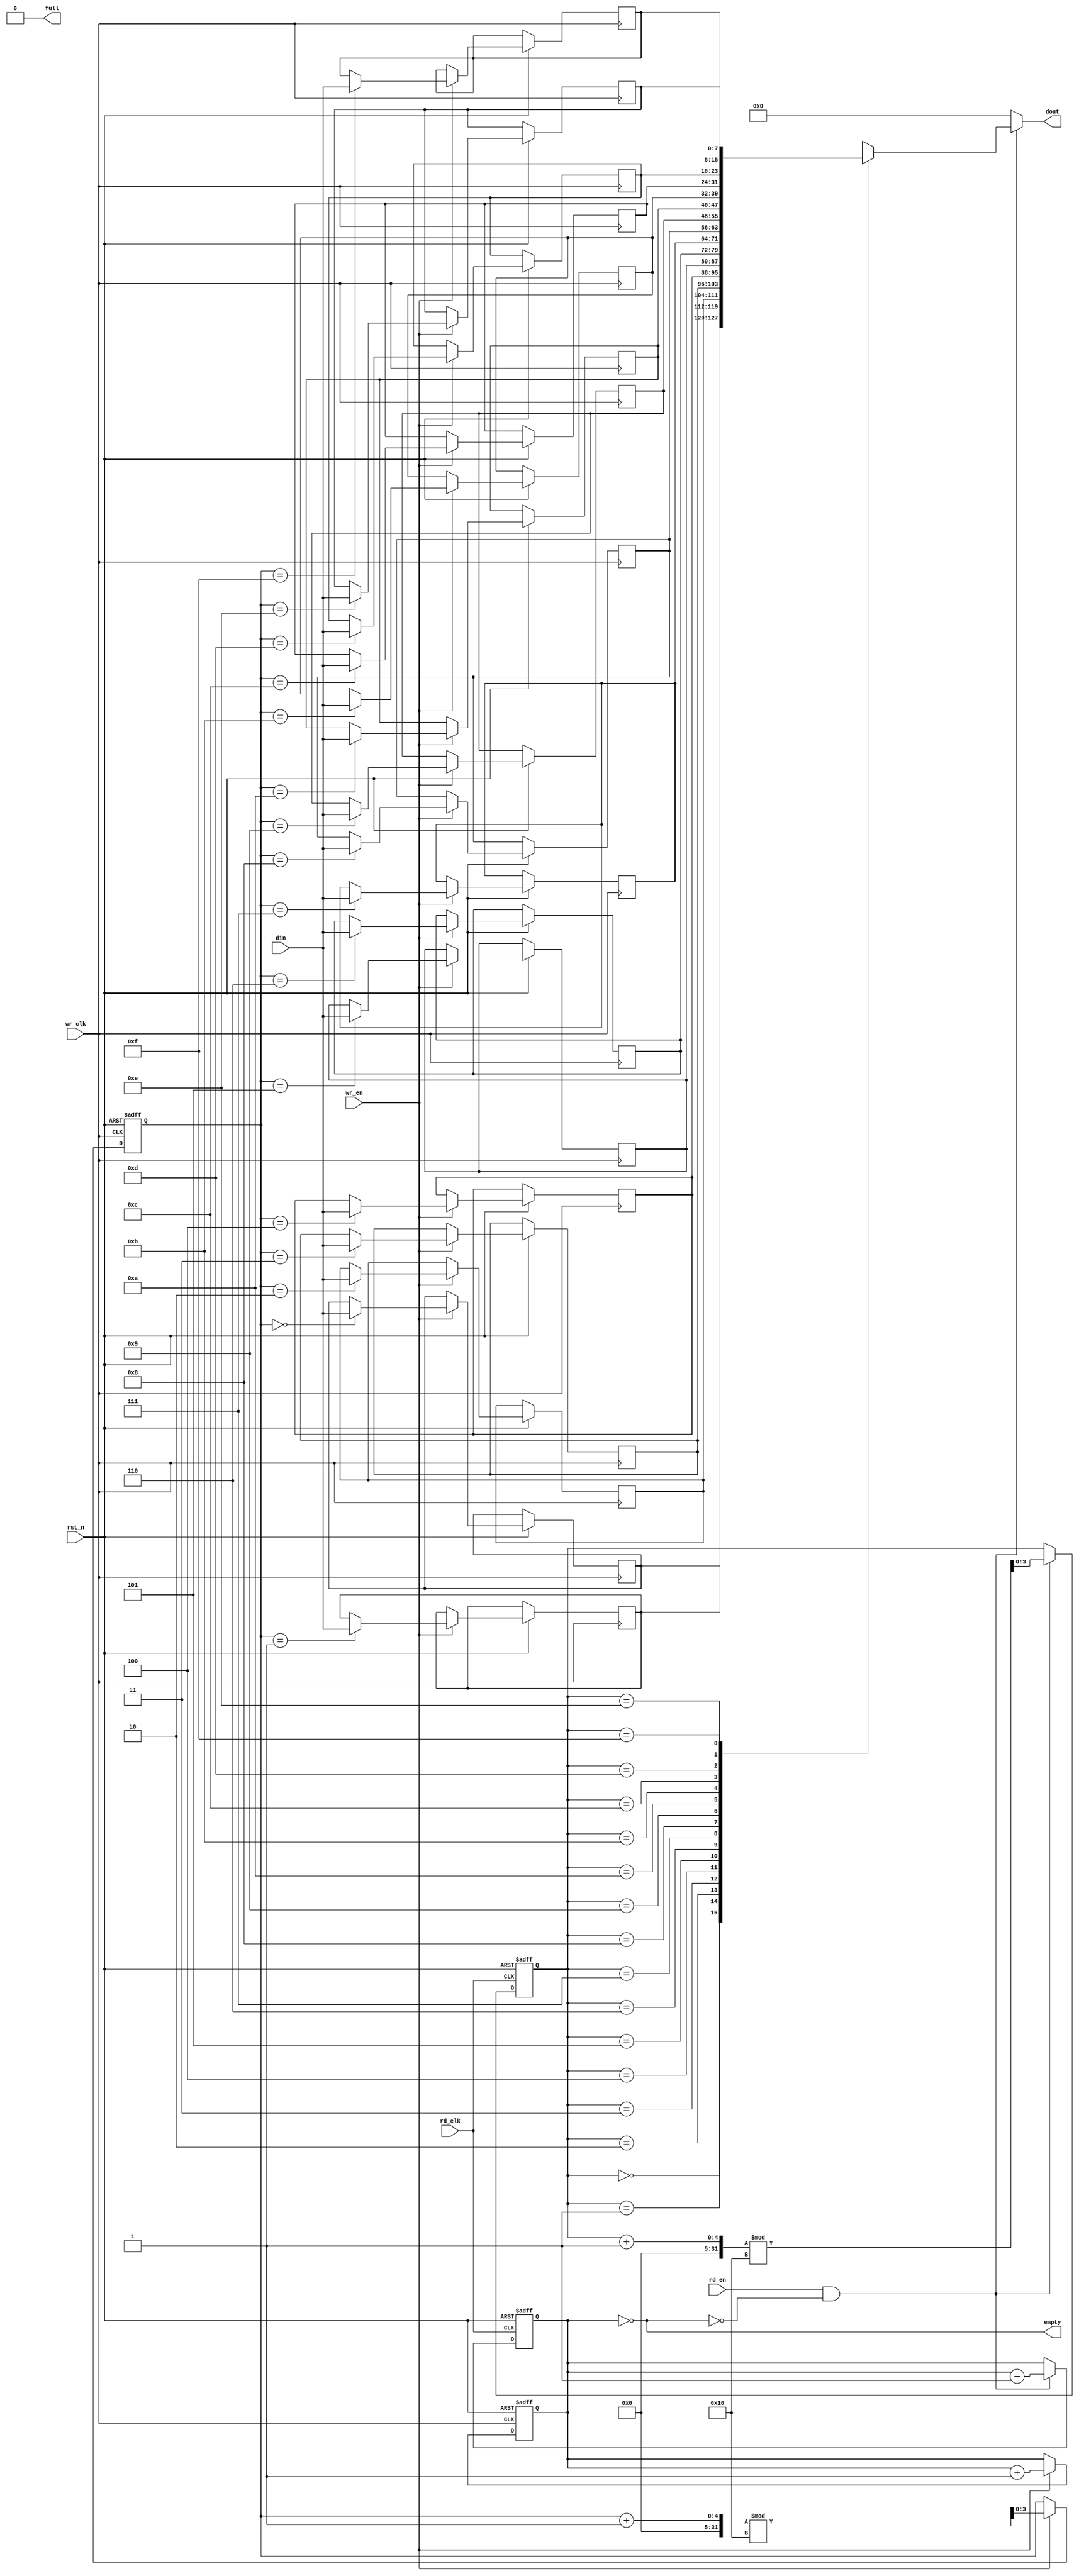
module dual_clock_fifo #(
    parameter DATA_WIDTH = 8,      // Number of bits in each entry
    parameter FIFO_DEPTH = 16       // Number of entries in the FIFO
) (
    input wire wr_clk,              // Write clock
    input wire rd_clk,              // Read clock
    input wire wr_en,               // Write enable
    input wire rd_en,               // Read enable
    input wire [DATA_WIDTH-1:0] din,// Data input
    output wire [DATA_WIDTH-1:0] dout, // Data output
    output wire full,               // FIFO full flag
    output wire empty,              // FIFO empty flag
    input wire rst_n                // Asynchronous active-low reset
);

    // Internal parameters
    localparam POINTER_WIDTH = $clog2(FIFO_DEPTH);
    
    // Memory array
    reg [DATA_WIDTH-1:0] fifo_mem [0:FIFO_DEPTH-1];
    
    // Pointers
    reg [POINTER_WIDTH-1:0] wr_ptr, rd_ptr;
    reg [POINTER_WIDTH-1:0] count; // Count of the number of entries

    // Full and Empty flags
    assign full = (count == FIFO_DEPTH);
    assign empty = (count == 0);
    
    // Output data
    assign dout = (rd_en && ~empty) ? fifo_mem[rd_ptr] : {DATA_WIDTH{1'b0}};
    
    // Write logic
    always @(posedge wr_clk or negedge rst_n) begin
        if (!rst_n) begin
            wr_ptr <= 0;
            count <= 0;
        end else begin
            if (wr_en && ~full) begin
                fifo_mem[wr_ptr] <= din;         // Write data to fifo
                wr_ptr <= (wr_ptr + 1) % FIFO_DEPTH; // Increment write pointer with wrap-around
                count <= count + 1;              // Increment count
            end
        end
    end
    
    // Read logic
    always @(posedge rd_clk or negedge rst_n) begin
        if (!rst_n) begin
            rd_ptr <= 0;
            count <= 0;
        end else begin
            if (rd_en && ~empty) begin
                rd_ptr <= (rd_ptr + 1) % FIFO_DEPTH; // Increment read pointer with wrap-around
                count <= count - 1;              // Decrement count
            end
        end
    end

endmodule